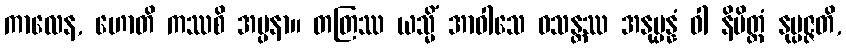
ကာလေန, ဟောတိ ကဿစိ အပ္ပနာ။ တတြဿ ယသ္မိံ အာဝါသေ ဝသန္တဿ အနုပ္ပန္နံ ဝါ နိမိတ္တံ နုပ္ပဇ္ဇတိ,